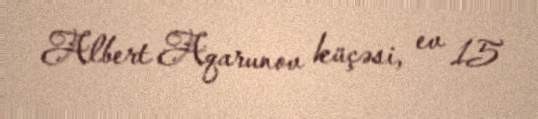
Albert Aqarunov küçəsi, ev 15